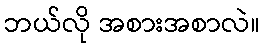
ဘယ်လို အစားအစာလဲ။